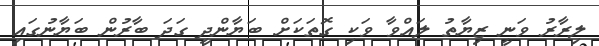
ލިރާރު ވަނީ ޒިޔާތު ލައްވާ ވަކި ގޮތަކަށް ބަޔާންދީ ގަދަ ބާރުން ބަޔާނުގައި